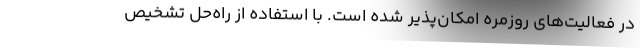
در فعالیت‌های روزمره امکان‌پذیر شده است. با استفاده از راه‌حل تشخیص